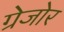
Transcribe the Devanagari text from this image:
ग्रेजोर